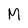
Character: M